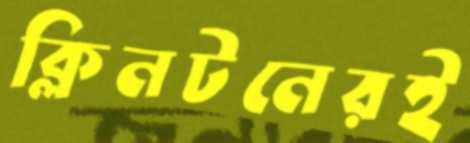
ক্লিনটনেরই